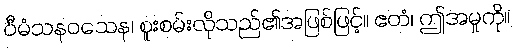
ဝီမံသနဝသေန၊ စူးစမ်းလိုသည်၏အဖြစ်ဖြင့်။ ဧတံ၊ ဤအမှုကို။